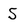
Character: S